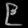
Digit: ၉